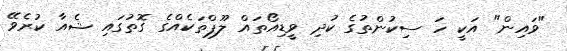
"ވައިން" އަކީ ހަ ސިކުންތުގެ ކުދި ވީޑިއޯތައް ލޫޕްތަކެއްގެ ގޮތުގައި ޝެއާ ކުރެވޭ